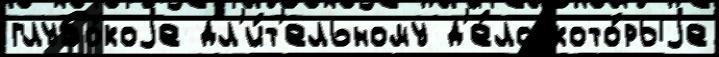
глубо́коjе дл'и́т'ельному д'е́ло кото́рыjе